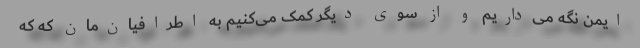
ایمن نگه می‌داریم و از سوی دیگر کمک می‌کنیم به اطرافیان‌مان که که